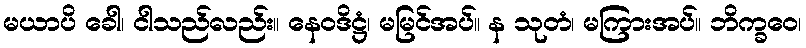
မယာပိ ခေါ၊ ငါသည်လည်း။ နေဝဒိဋ္ဌံ၊ မမြင်အပ်။ န သုတံ၊ မကြားအပ်။ ဘိက္ခဝေ၊